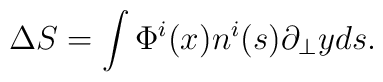
\Delta S=\int \Phi ^{i}(x)n^{i}(s)\partial _{\bot }yds.